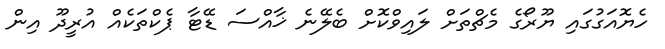
ހެޔޮއަގުގައި ޔޫރޯގެ މެޗްތަށް ލައިވްކޮށް ބެލޭނެ ޚާއްސަ ޑޭޓާ ޕެކްތަކެއް އުރީދޫ އިން